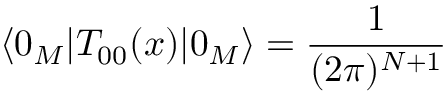
\langle 0 _ { M } | T _ { 0 0 } ( x ) | 0 _ { M } \rangle = \frac { 1 } { ( 2 \pi ) ^ { N + 1 } }